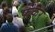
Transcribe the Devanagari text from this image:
फेंकर